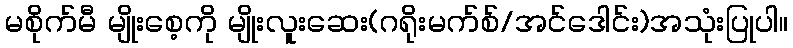
မစိုက်မီ မျိုးစေ့ကို မျိုးလူးဆေး(ဂရိုးမက်စ်/အင်ဒေါင်း)အသုံးပြုပါ။